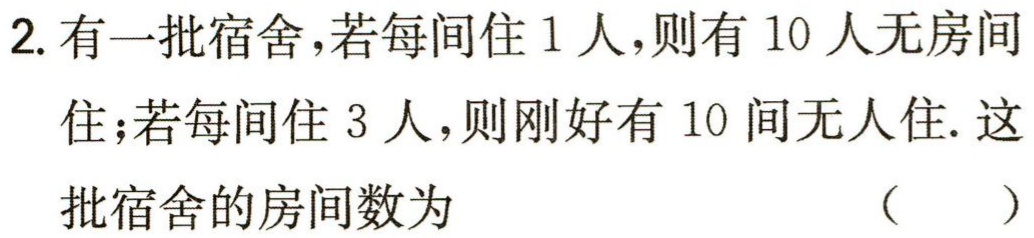
2. 有一批宿舍，若每间住 1 人，则有 10 人无房间住；若每间住 3 人，则刚好有 10 间无人住. 这批宿舍的房间数为 （  ）